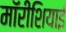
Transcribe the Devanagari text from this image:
मॉरीशियाई